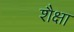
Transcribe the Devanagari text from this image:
शैक्षा